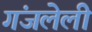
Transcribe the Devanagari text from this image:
गंजलेली